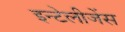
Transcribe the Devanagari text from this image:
इन्टेलीजेंस